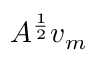
A ^ { \frac { 1 } { 2 } } v _ { m }